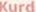
Kurd